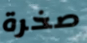
صخرة